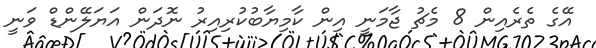
އޭގެ ތެރެއިން 8 މެޗު ޖާމަނީ އިން ކާމިޔާބުކުރިއިރު ނޮދަން އަޔަލޭންޑް ވަނީ